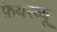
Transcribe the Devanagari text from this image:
फ़ेयरव्यू